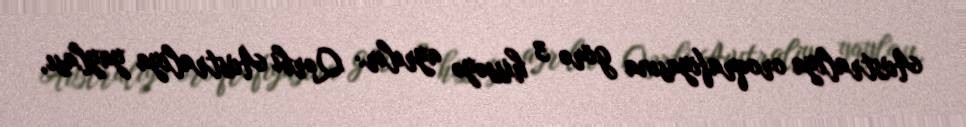
Avstraliya oroqrafiyasına görə 3 hissəyə ayrılır: Qərbi Avstraliya yaylası,